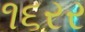
૧૬રર